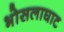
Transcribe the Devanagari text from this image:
भोसलाघाट